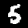
Label: 5